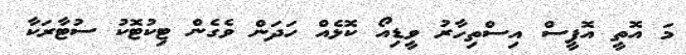
މަ އޮތީ އޮފީސް އިސްތިހާރު ވީޑިއޯ ކޮޅެއް ހަދަން ވެގެން ޓިކުޓޮކު ސުޓާރަކާ